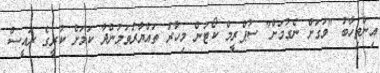
އިންތިހާބު "ވަގަށް ނެގުމަށް" ސުޕްރީމް ކޯޓުން މިހާރު ތައްޔާރުވަމުންދާ ކަމަށް ކުރީގެ ރައީސް